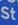
st